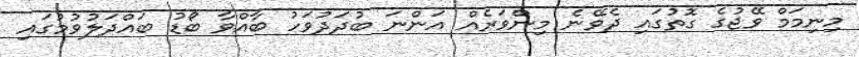
މިނިމަމް ވޭޖުގެ ގޮތުގައި ދެވޭނެ މިންވަރެއް އަންނަ ބުދަދުވަހު ބާއްވާ ބޯޑު ބައްދަލުވުމުގައި